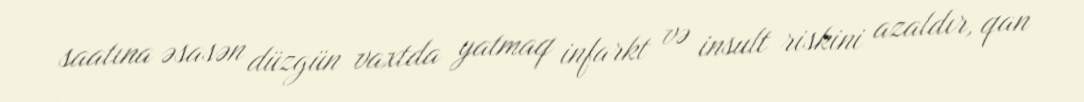
saatına əsasən düzgün vaxtda yatmaq infarkt və insult riskini azaldır, qan